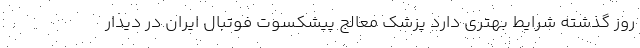
روز گذشته شرایط بهتری دارد پزشک معالج پیشکسوت فوتبال ایران در دیدار